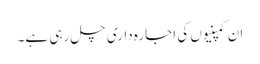
ان کمپنیوں کی اجارہ داری چل رہی ہے۔